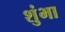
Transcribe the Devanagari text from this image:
शुंभा